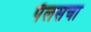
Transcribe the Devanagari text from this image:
पॅलसचा